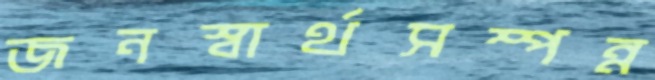
জনস্বার্থসম্পন্ন